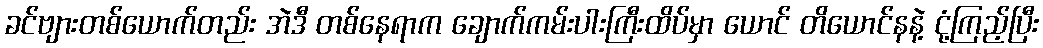
ခင်ဗျားတစ်ယောက်တည်း အဲဒီ တစ်နေရာက ချောက်ကမ်းပါးကြီးထိပ်မှာ ယောင် တိယောင်နနဲ့ ငုံ့ကြည့်ပြီး